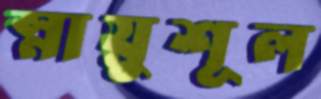
স্নায়ুশূল